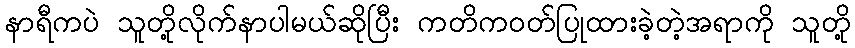
နာရီကပဲ သူတို့လိုက်နာပါမယ်ဆိုပြီး ကတိကဝတ်ပြုထားခဲ့တဲ့အရာကို သူတို့